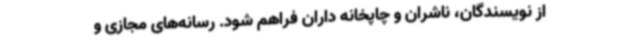
از نویسندگان، ناشران و چاپخانه داران فراهم شود. رسانه‌های مجازی و